Vaccine operations Central Provinces 1868-1885 - 1868-1885
Year: 1868
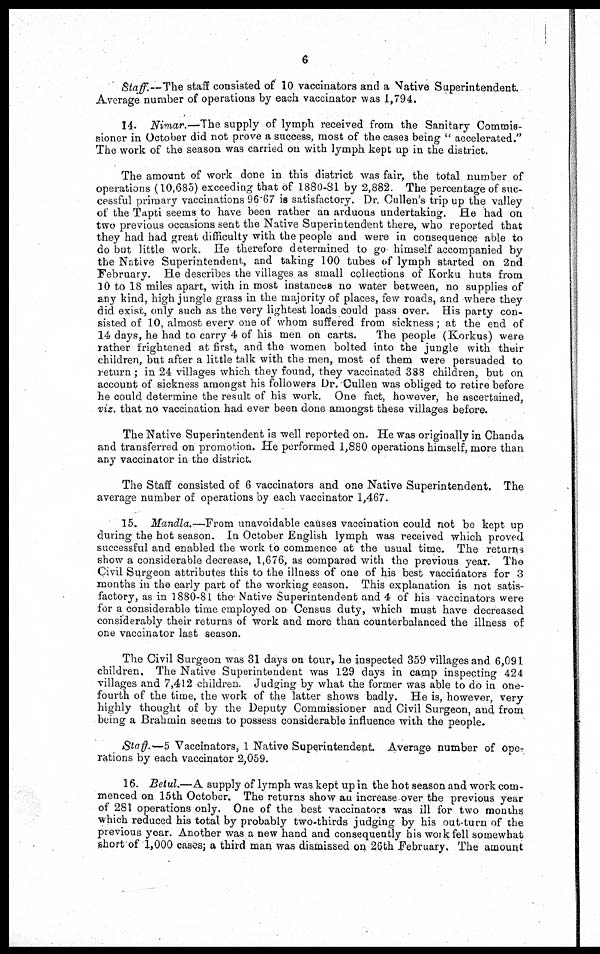
6
Staff.—The staff consisted of 10 vaccinators and a Native Superintendent.
Average number of operations by each vaccinator was 1,794.
14. Nimar.—The supply of lymph received from the Sanitary Commis-
sioner in October did not prove a success, most of the cases being " accelerated."
The work of the season was carried on with lymph kept up in the district.
The amount of work done in this district was fair, the total number of
operations (10,685) exceeding that of 1880-81 by 2,882. The percentage of suc-
cessful primary vaccinations 96.67 is satisfactory. Dr. Cullen's trip up the valley
of the Tapti seems to have been rather an arduous undertaking. He had on
two previous occasions sent the Native Superintendent there, who reported that
they had had great difficulty with the people and were in consequence able to
do but little work. He therefore determined to go himself accompanied by
the Native Superintendent, and taking 100 tubes of lymph started on 2nd
February. He describes the villages as small collections of Korku huts from
10 to 18 miles apart, with in most instances no water between, no supplies of
any kind, high jungle grass in the majority of places, few roads, and where they
did exist, only such as the very lightest loads could pass over. His party con-
sisted of 10, almost every one of whom suffered from sickness; at the end of
14 days, he had to carry 4 of his men on carts.
The people (Korkus) were
rather frightened at first, and the women bolted into the jungle with their
children, but after a little talk with the men, most of them were persuaded to
return ; in 24 villages which they found, they vaccinated 388 children, but on
account of sickness amongst his followers Dr.Cullen was obliged to retire before
he could determine the result of his work. One fact, however, he ascertained,
viz. that no vaccination had ever been done amongst these villages before.
The Native Superintendent is well reported on. He was originally in Chanda
and transferred on promotion. He performed 1,880 operations himself, more than
any vaccinator in the district.
The Staff consisted of 6 vaccinators and one Native Superintendent. The
average number of operations by each vaccinator 1,467.
15. Mandla.—From unavoidable causes vaccination could not be kept up
during the hot season. In October English lymph was received which proved
successful and enabled the work to commence at the usual time. The returns
show a considerable decrease, 1,676, as compared with the previous year. The
Civil Surgeon attributes this to the illness of one of his best vaccinators for 3
months in the early part of the working season. This explanation is not satis-
factory, as in 1880-81 the Native Superintendent and 4 of his vaccinators were
for a considerable time employed on Census duty, which must have decreased
considerably their returns of work and more than counterbalanced the illness of
one vaccinator last season.
The Civil Surgeon was 31 days on tour, he inspected 359 villages and 6,091
children. The Native Superintendent was 129 days in camp inspecting 424
villages and 7,412 children. Judging by what the former was able to do in one-
fourth of the time, the work of the latter shows badly. He is, however, very
highly thought of by the Deputy Commissioner and Civil Surgeon, and from
being a Brahmin seems to possess considerable influence with the people.
Staff.—5 Vaccinators, 1 Native Superintendent. Average number of ope¬
rations by each vaccinator 2,059.
16. Betul.—A supply of lymph was kept up in the hot season and work com-
menced on 15th October. The returns show an increase over the previous year
of 281 operations only. One of the best vaccinators was ill for two months
which reduced his total by probably two-thirds judging by his out-turn of the
previous year. Another was a new hand and consequently his work fell somewhat
short of 1,000 cases; a third man was dismissed on 26th February. The amount